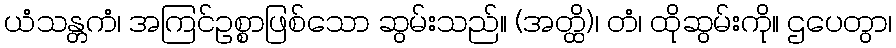
ယံသန္တကံ၊ အကြင်ဥစ္စာဖြစ်သော ဆွမ်းသည်။ (အတ္ထိ)၊ တံ၊ ထိုဆွမ်းကို။ ဌပေတွာ၊